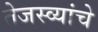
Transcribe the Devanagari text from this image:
तेजस्व्यांचे